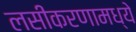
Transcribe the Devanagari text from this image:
लसीकरणामध्ये